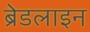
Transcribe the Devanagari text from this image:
ब्रेडलाइन